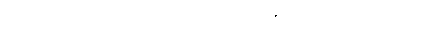
ကလေးရွဲ လျက် ကြက်မြီးရွှေကတော့စွပ် ဆံတိုကလေးဖရိုဖရဲဖြစ်နေရှာသော ခင်ခင်ကြီးကို